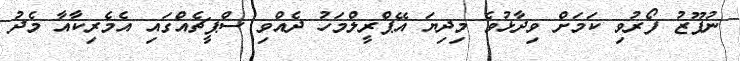
ނުފޫޒު ފޯރުވި ކަމަށް ވިދާޅުވެ މިދިޔަ އޭޕްރީލްމަހު ދެއްވި ސްޕީޗެއްގައި އެމެރިކާއާ މެދު